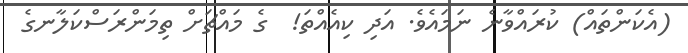
(އެކަންތައް) ކުރައްވާނެ ނަމައެވެ. އަދި ކިއެއްތަ!  ގެ މައްޗަށް ތިމަންރަސްކަލާނގެ